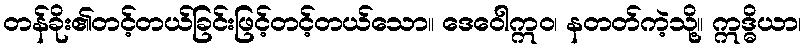
တန်ခိုး၏တင့်တယ်ခြင်းဖြင့်တင့်တယ်သော။ ဒေဝေါဣဝ၊ နတတ်ကဲ့သို့။ ဣဒ္ဓိယာ၊